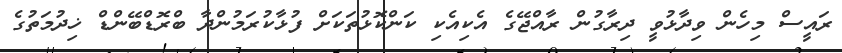
ރައީސް މިހެން ވިދާޅުވީ ދިރާގުން ރާއްޖޭގެ އެކިއެކި ކަންކޮޅުތަކަށް ފުޅާކުރަމުންދާ ބްރޮޑްބޭންޑް ޚިދުމަތުގެ